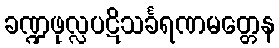
ခဏ္ဍဖုလ္လပဋိသင်္ခရဏမတ္တေန